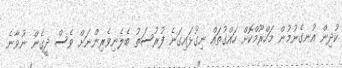
ކުދިން އުނގެނުމުން މަހްރޫމްކޮށް ހައްގުތައް ނިގުޅައިގަނެ ފުރުސަތު ބެލެނިވެރިންނަށް ވެސް ދީގެން ނުވާނެ